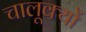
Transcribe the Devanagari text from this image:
चालूक्यों